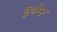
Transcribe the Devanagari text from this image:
हैपोउ